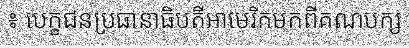
៖ បេក្ខជនប្រធានាធិបតីអាមេរិកមកពីគណបក្ស